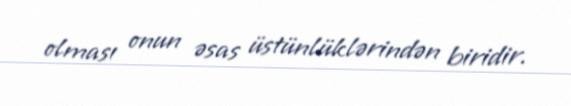
olması onun əsas üstünlüklərindən biridir.